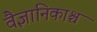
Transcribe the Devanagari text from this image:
वैज्ञानिकाश्च